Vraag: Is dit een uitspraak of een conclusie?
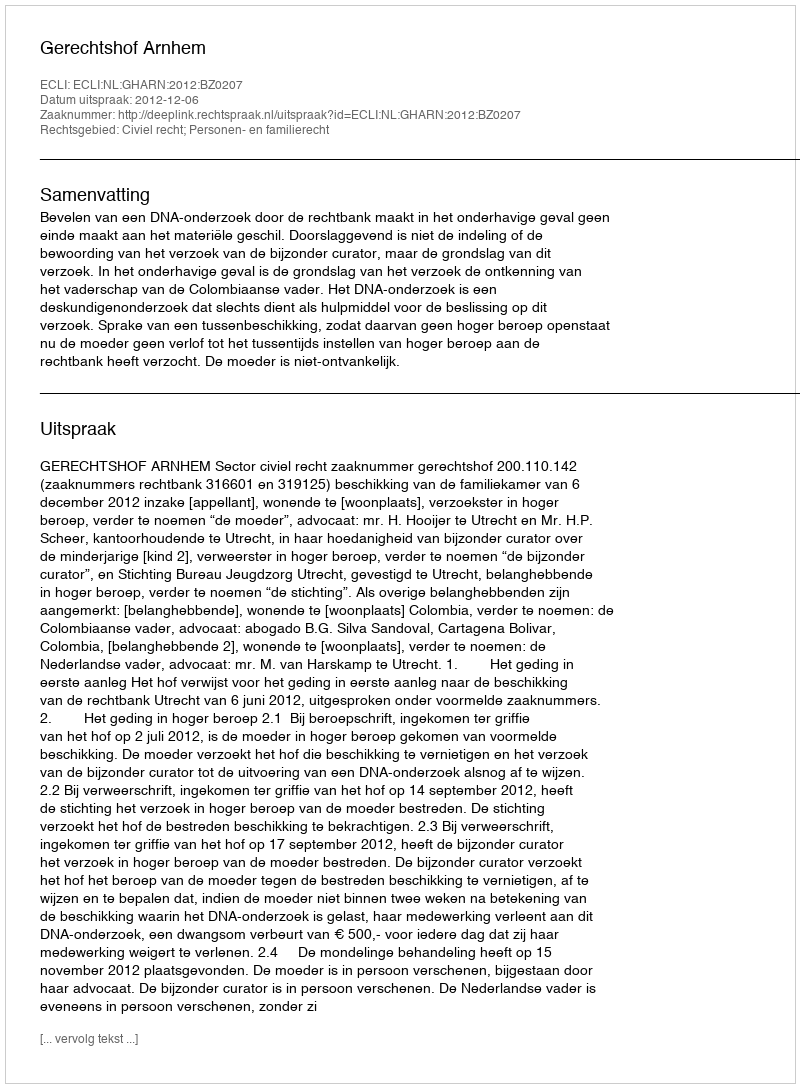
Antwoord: Uitspraak